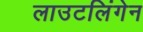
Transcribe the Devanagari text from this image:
लाउटलिंगेन